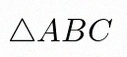
\triangle ABC